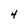
Character: 4